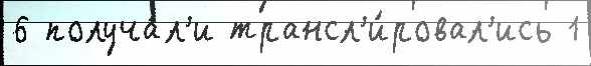
6 получа́л'и трансл'и́ровал'ись 1